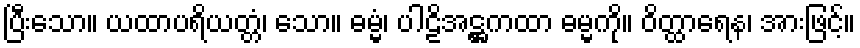
ပြီးသော။ ယထာပရိယတ္တံ၊ သော။ ဓမ္မံ၊ ပါဠိအဋ္ဌကထာ ဓမ္မကို။ ဝိတ္ထာရေန၊ အားဖြင့်။